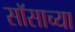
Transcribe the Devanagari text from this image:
सॉसाच्या